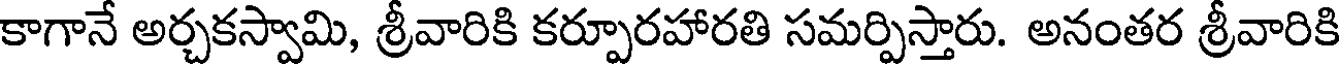
కాగానే అర్చకస్వామి, శ్రీవారికి కర్పూరహారతి సమర్పిస్తారు. అనంతర శ్రీవారికి